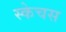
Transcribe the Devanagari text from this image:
स्केचस